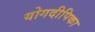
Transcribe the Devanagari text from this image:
योगदीपिका